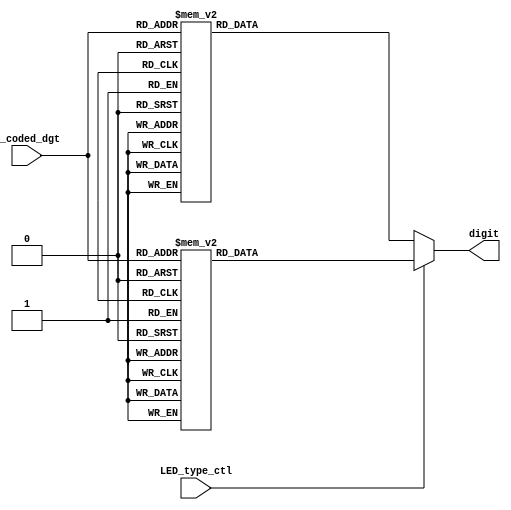
module LED_Decoder( output reg[0:6] digit,
					input wire[0:3] b_coded_dgt,
					input wire LED_type_ctl);

localparam 	zero = 7'b0000001,
			one = 7'b1001111,
			two = 7'b0010010,
			three = 7'b0000110,
			four = 7'b1001100,
			five = 7'b0100100,
			six = 7'b0100000,
			seven = 7'b0001111,
			eight = 7'b0000000,
			nine = 7'b0000100,
			else_zero = 7'b1111110,
			else_one = 7'b0110000,
			else_two = 7'b1101101,
			else_three = 7'b1111001,
			else_four = 7'b0110011,
			else_five = 7'b1011011,
			else_six = 7'b1011111,
			else_seven = 7'b1110000,
			else_eight = 7'b1111111,
			else_nine = 7'b1111011;

always @ (LED_type_ctl, b_coded_dgt) begin
	if(LED_type_ctl) begin
		case(b_coded_dgt)
			4'b0000 : digit <= zero;
			4'b0001 : digit <= one;
			4'b0010 : digit <= two;
			4'b0011 : digit <= three;
			4'b0100 : digit <= four;
			4'b0101 : digit <= five;
			4'b0110 : digit <= six;
			4'b0111 : digit <= seven;
			4'b1000 : digit <= eight;
			4'b1001 : digit <= nine;
			default : digit <= 1111110;
		endcase
	end


	else begin
		case(b_coded_dgt)
			4'b0000 : digit <= else_zero;
			4'b0001 : digit <= else_one;
			4'b0010 : digit <= else_two;
			4'b0011 : digit <= else_three;
			4'b0100 : digit <= else_four;
			4'b0101 : digit <= else_five;
			4'b0110 : digit <= else_six;
			4'b0111 : digit <= else_seven;
			4'b1000 : digit <= else_eight;
			4'b1001 : digit <= else_nine;
			default : digit <= 0000001;
		endcase
	end
end


endmodule